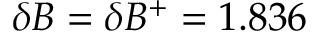
\delta B = \delta B ^ { + } = 1 . 8 3 6 \